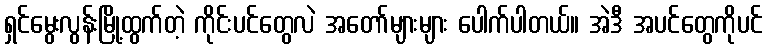
ရှင်မွေးလွန်းမြို့ထွက်တဲ့ ကိုင်းပင်တွေလဲ အတော်များများ ပေါက်ပါတယ်။ အဲဒီ အပင်တွေကိုပင်